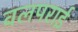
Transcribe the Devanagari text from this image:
वलपराई